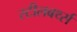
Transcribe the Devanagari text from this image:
स्टीलबर्थ्स